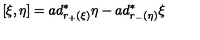
[ \xi , \eta ] = a d _ { r _ { + } ( \xi ) } ^ { \ast } \eta - a d _ { r _ { - } ( \eta ) } ^ { \ast } \xi